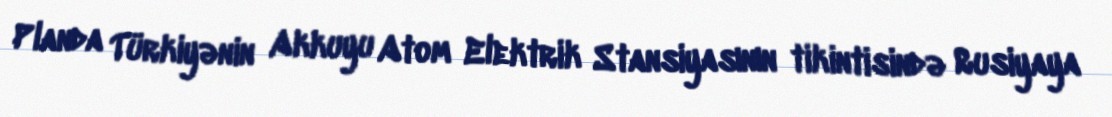
Planda Türkiyənin Akkuyu Atom Elektrik Stansiyasının tikintisində Rusiyaya